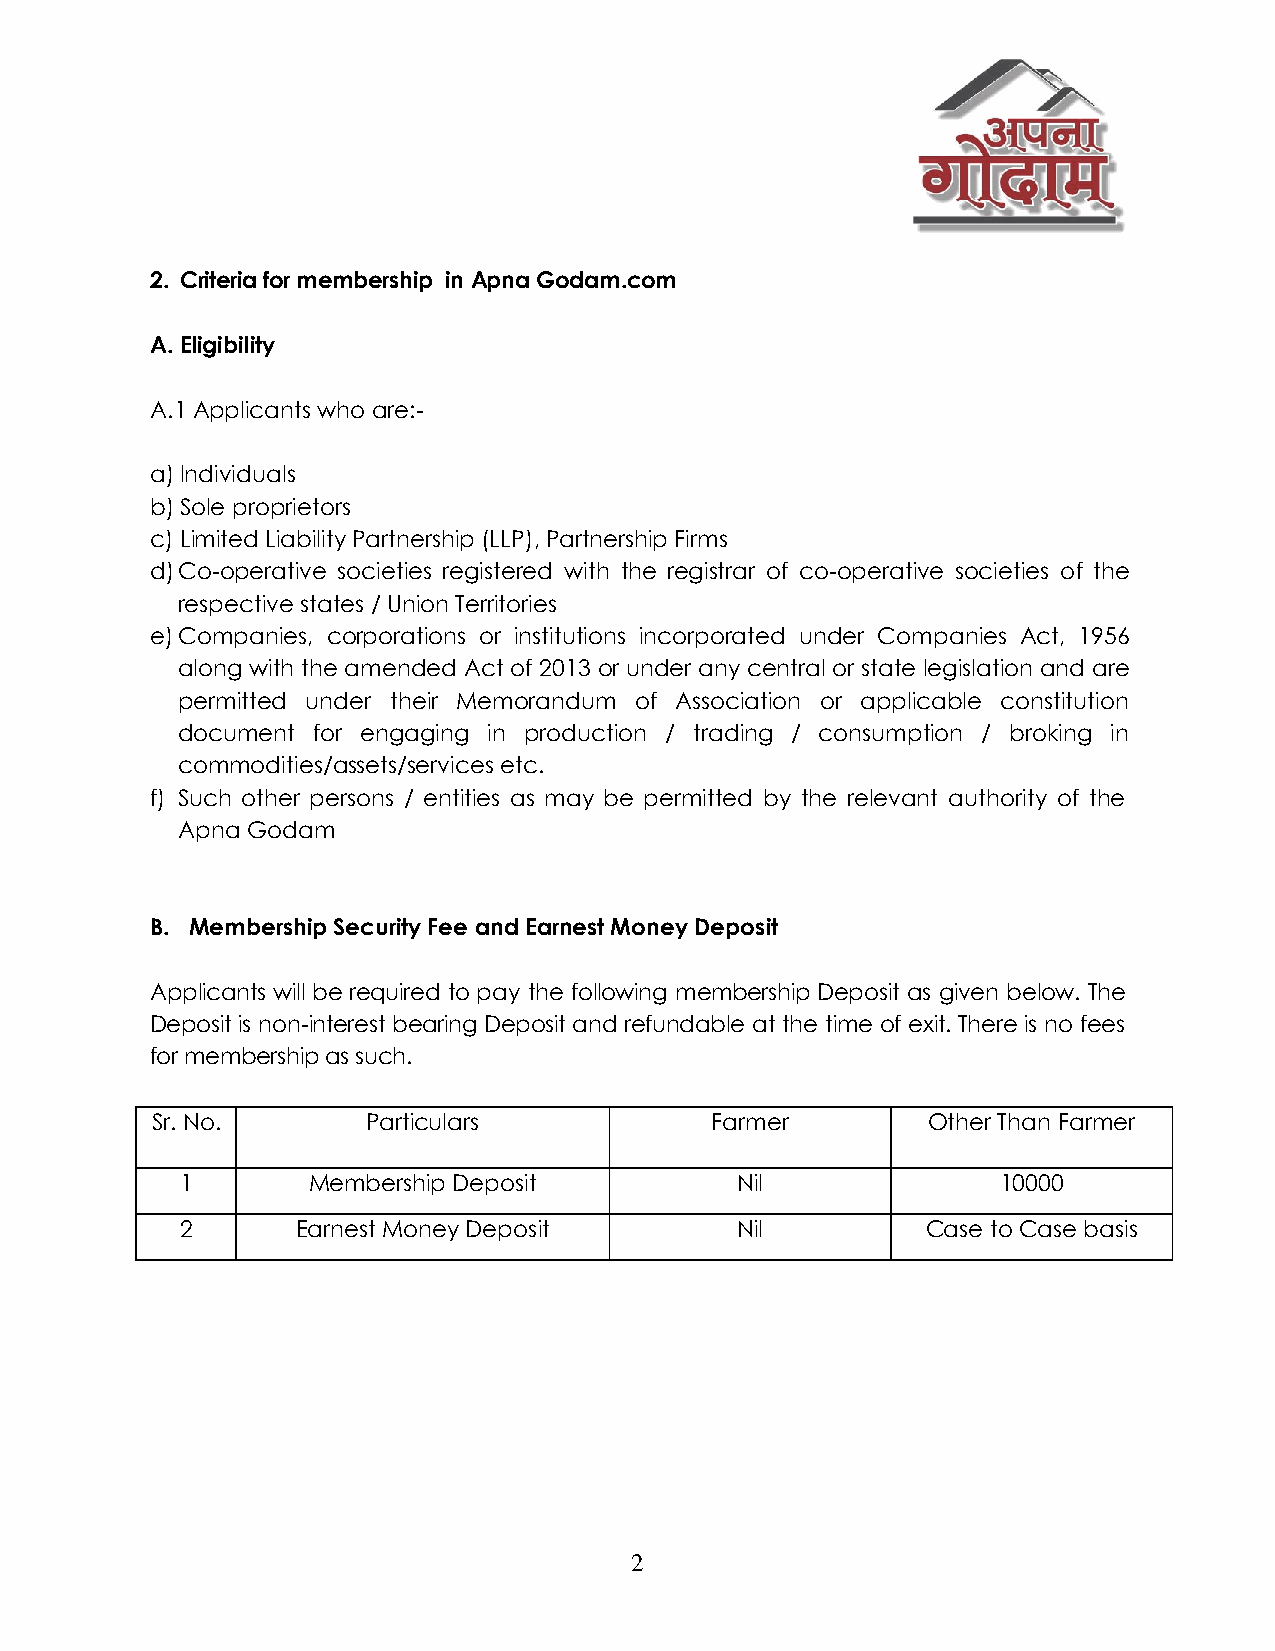
2. Criteria for membership in Apna Godam.com
 A. Eligibility
 A.1 Applicants who are:-
 a) Individuals
 b) Sole proprietors
 c) Limited Liability Partnership (LLP), Partnership Firms
 d) Co-operative societies registered with the registrar of co-operative societies of the
 respective states / Union Territories
 e) Companies, corporations or institutions incorporated under Companies Act, 1956
 along with the amended Act of 2013 or under any central or state legislation and are
 permitted under their Memorandum of Association or applicable constitution
 document for engaging in production / trading / consumption / broking in
 commodities/assets/services etc.
 f) Such other persons / entities as may be permitted by the relevant authority of the
 Apna Godam
 B. Membership Security Fee and Earnest Money Deposit
 Applicants will be required to pay the following membership Deposit as given below. The
 Deposit is non-interest bearing Deposit and refundable at the time of exit. There is no fees
 for membership as such.
 Sr. No.       Particulars            Farmer        Other Than Farmer
 1       Membership Deposit           Nil              10000
 2       Earnest Money Deposit        Nil         Case to Case basis
 2